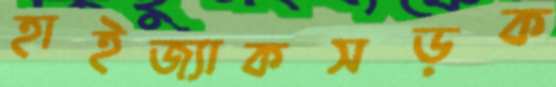
হাইজ্যাকসড়ক